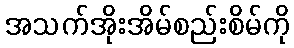
အသက်အိုးအိမ်စည်းစိမ်ကို